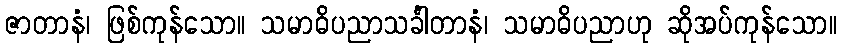
ဇာတာနံ၊ ဖြစ်ကုန်သော။ သမာဓိပညာသင်္ခါတာနံ၊ သမာဓိပညာဟု ဆိုအပ်ကုန်သော။